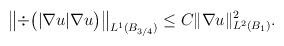
LaTeX: \begin{align*}\left\|\div\big( |\nabla u| \nabla u\big)\right\|_{L^1(B_{3/4})} \leq C \|\nabla u\|_{L^2(B_{1})}^2.\end{align*}